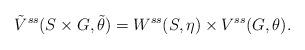
LaTeX: \begin{align*}\tilde{V}^{ss}(S\times G,\tilde{\theta})=W^{ss}(S, \eta)\times V^{ss}(G,\theta).\end{align*}